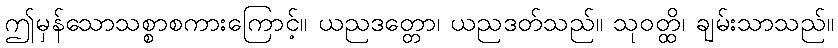
ဤမှန်သောသစ္စာစကားကြောင့်။ ယညဒတ္တော၊ ယညဒတ်သည်။ သုဝတ္ထိ၊ ချမ်းသာသည်။